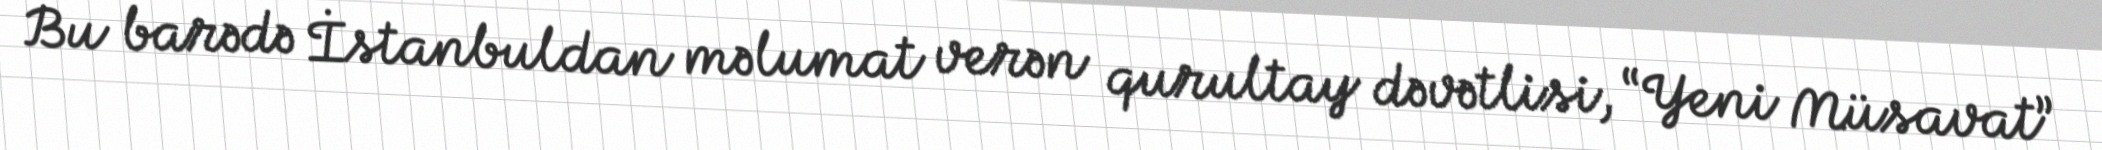
Bu barədə İstanbuldan məlumat verən qurultay dəvətlisi, “Yeni Müsavat”